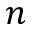
n